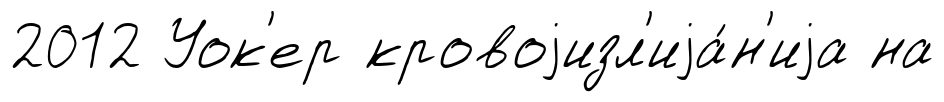
2012 Уок'ер кровоjизл'иjа́н'иjа на